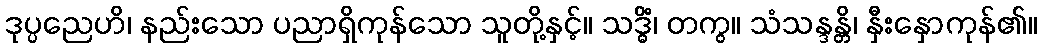
ဒုပ္ပညေဟိ၊ နည်းသော ပညာရှိကုန်သော သူတို့နှင့်။ သဒ္ဓိံ၊ တကွ။ သံသန္ဒန္တိ၊ နှီးနှောကုန်၏။